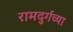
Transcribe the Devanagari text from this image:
रामदुर्गच्या